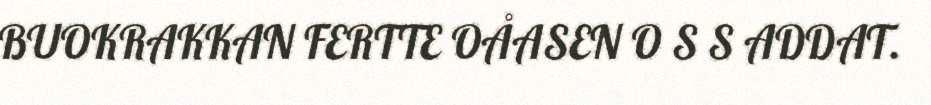
BUOKRAKKAN FERTTE OÅASEN O S S ADDAT.